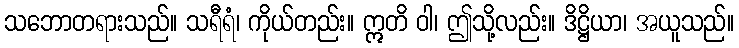
သဘောတရားသည်။ သရီရံ၊ ကိုယ်တည်း။ ဣတိ ဝါ၊ ဤသို့လည်း။ ဒိဋ္ဌိယာ၊ အယူသည်။